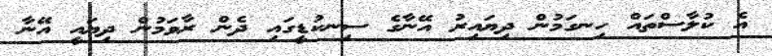
އެ ކުލާސްތައް ހިނގަމުން ދިޔައިރު އޭނާގެ ސިނކުޑީގައި ދެން ރާވަމުން ދިޔައީ އޭނާ